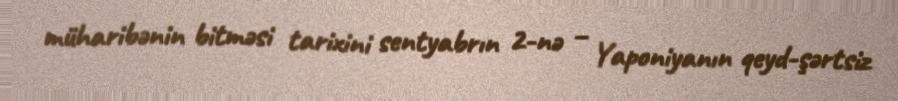
müharibənin bitməsi tarixini sentyabrın 2-nə – Yaponiyanın qeyd-şərtsiz